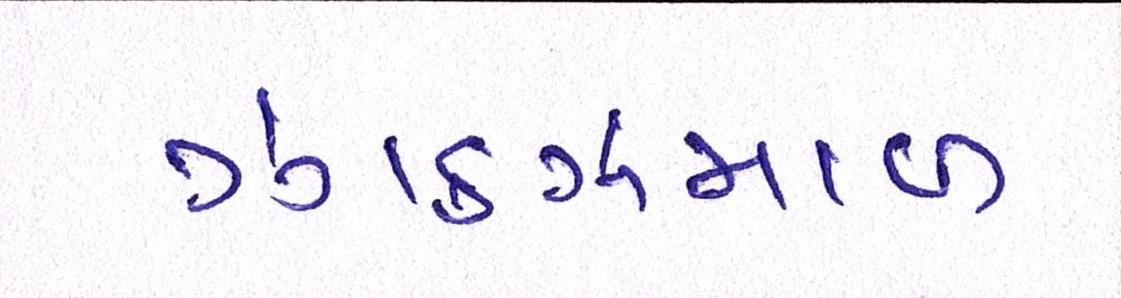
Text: ઝાકઝમાળ